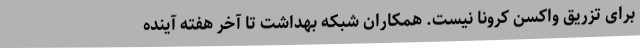
برای تزریق واکسن کرونا نیست. همکاران شبکه بهداشت تا آخر هفته آینده